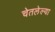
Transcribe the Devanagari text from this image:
चेतलेल्या